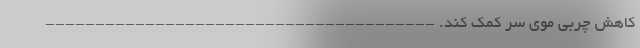
کاهش چربی موی سر کمک کند. ---------------------------------------